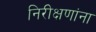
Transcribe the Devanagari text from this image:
निरीक्षणांना